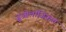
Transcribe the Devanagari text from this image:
ज़ूओलॉजिकल